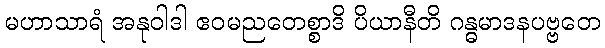
မဟာသာရံ အနုဝါဒါ ဧဝမညတေစ္စာဒိ ပိယာနီတိ ဂန္ဓမာဒနပဗ္ဗတေ